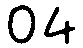
04